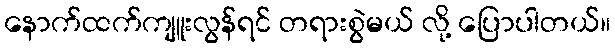
နောက်ထက်ကျူးလွန်ရင် တရားစွဲမယ် လို့ ပြောပါတယ်။